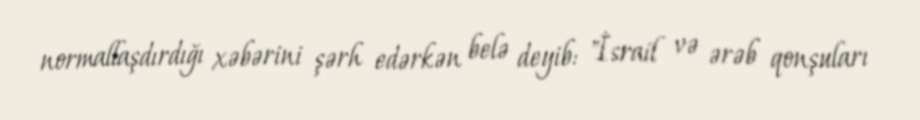
normallaşdırdığı xəbərini şərh edərkən belə deyib: "İsrail və ərəb qonşuları